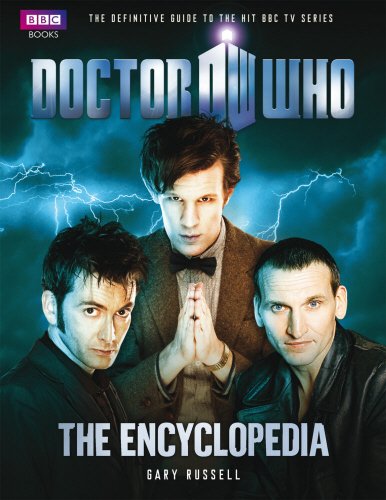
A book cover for Doctor Who Encyclopedia (New Edition); Gary Russell; Humor & Entertainment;